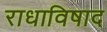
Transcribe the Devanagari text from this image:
राधाविषाद